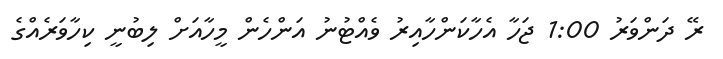
ރޭ ދަންވަރު 1:00 ޖަހާ އެހާކަންހާއިރު ވެއްޓުނު އަންހެން މީހާއަށް ލިބުނީ ކިހާވަރެއްގެ